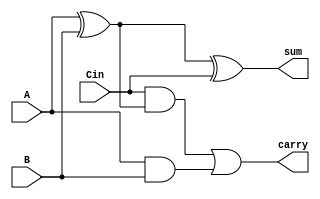
`timescale 1ns / 1ps

module fulladder(sum,carry,A,B,Cin);
output sum,carry;
input A,B,Cin;
assign sum= (A^B)^Cin;
assign carry = (Cin&(A^B))|(A&B);
endmodule